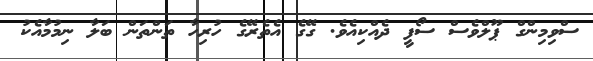
ސްވިމިންގް ޕޫލްވެސް ސޯފީ ދެއްކިއެވެ. ގޭގެ އެތެރޭގެ ހުރިހާ ތަންތަން ބަލާ ނިމުމާއެކު